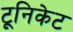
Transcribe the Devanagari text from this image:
टूनिकेट